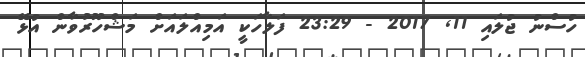
ހުސްނު ޖުލައި 11